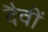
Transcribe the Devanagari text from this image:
दैवीं